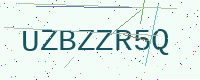
Text: UZBZZR5Q